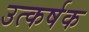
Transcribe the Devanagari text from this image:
उत्कर्षक